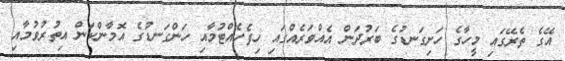
އޭގެ ތެރޭގައި މީހާގެ ހަށިގަނޑުގެ ބަރުދަން އެއްވަރެއްގައި ހިފެހެއްޓުމާއި ހަންގަނޑުގެ އޮމާންކަން އިތުރުވުމާއި